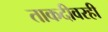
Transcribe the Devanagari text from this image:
ताकदीवरही